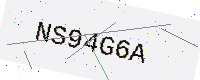
Text: NS94G6A